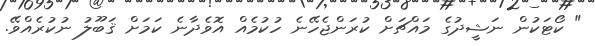
" ކޯޓަކުން ނަޝީދުގެ މައްޗަށް ކުރަންޖެހޭނެ ހުކުމެއް އޮވެދާނެ ކަމަށް ޤަބޫލު ނުކުރެއްވޭ.